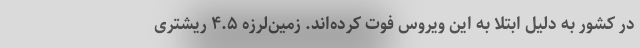
در کشور به دلیل ابتلا به این ویروس فوت کرده‌اند. زمین‌لرزه ۴.۵ ریشتری